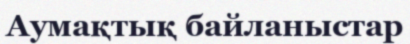
Аумақтық байланыстар